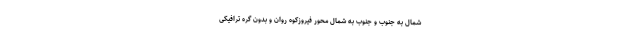
شمال به جنوب و جنوب به شمال محور فیروزکوه روان و بدون گره ترافیکی